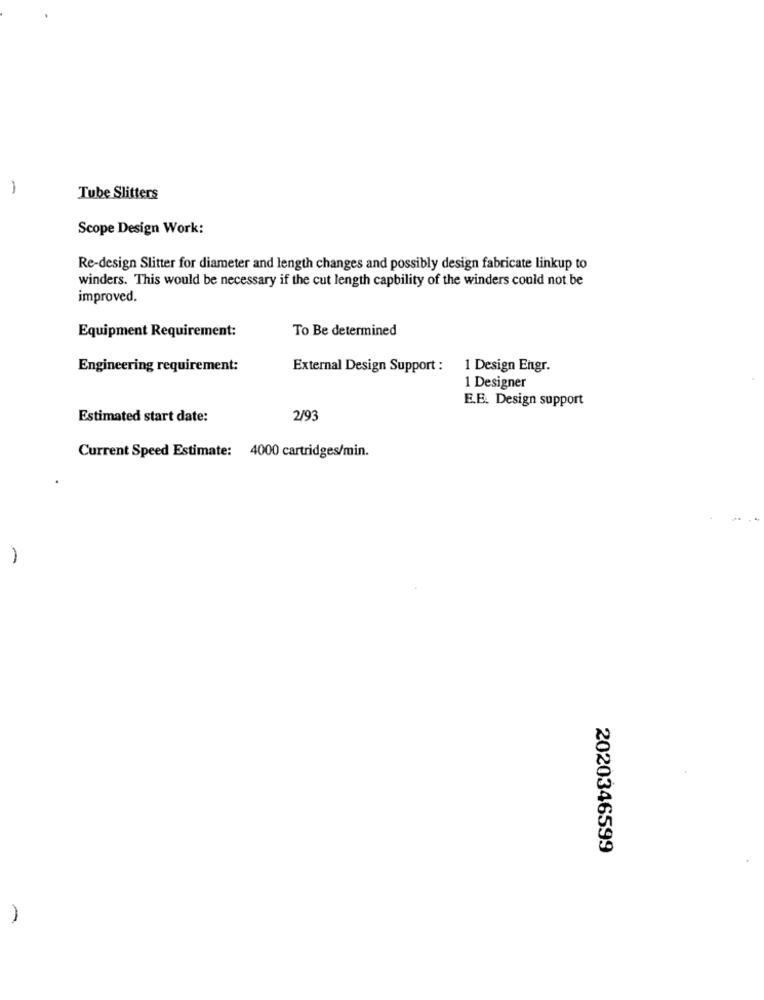
-
Tube Slitters
Scope Design Work:
Re-design Slitter for diameter and length changes and possibly design fabricate linkup to
winders. This would be necessary if the cut length capbility of the winders could not be
improved.
To Be determined
Equipment Requirement:
Engineering requirement:
External Design Support : 1 Design Engr.
1 Designer
E.E. Design support
Estimated start date:
2/93
Current Speed Estimate: 4000 cartridges/min.
2020346599